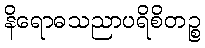
နိရောဓသညာပရိစိတဉ္စ